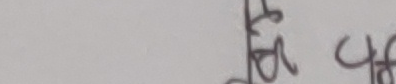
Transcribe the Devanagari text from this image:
लागि चाहिन्छ